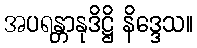
အပရန္တာနုဒိဋ္ဌိ နိဒ္ဒေသ။